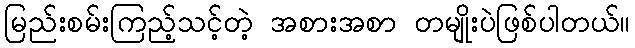
မြည်းစမ်းကြည့်သင့်တဲ့ အစားအစာ တမျိုးပဲဖြစ်ပါတယ်။